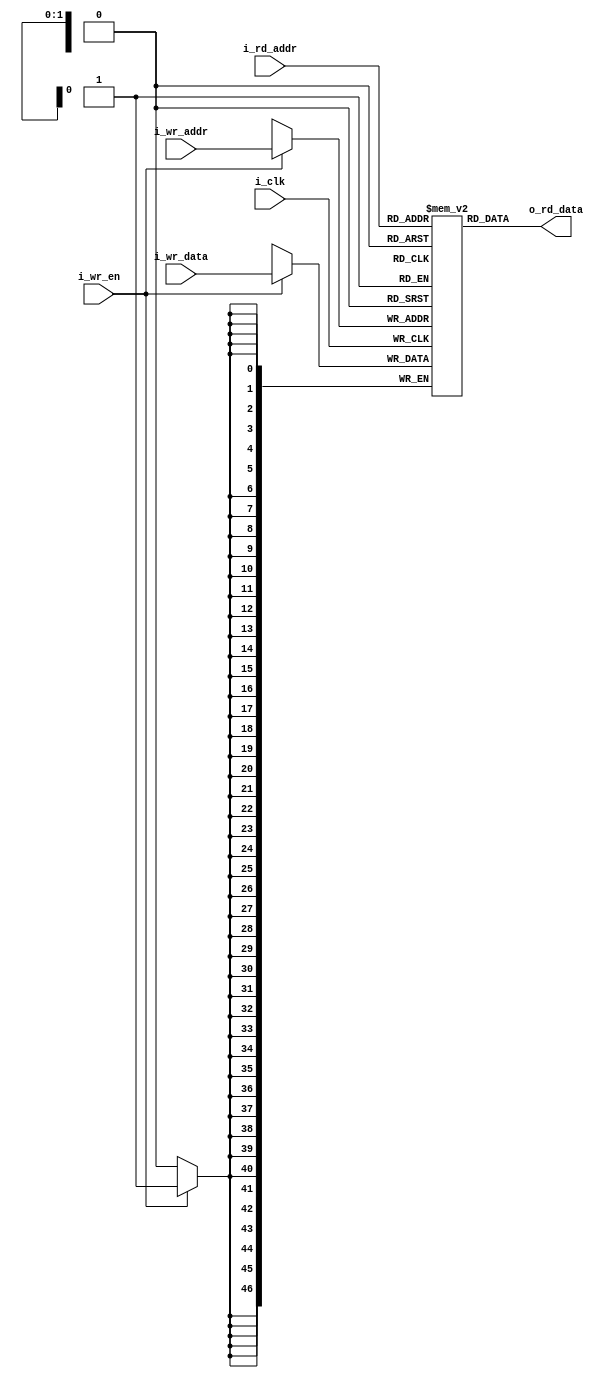
module buffer(
input    wire          i_clk,
input    wire [1:0]    i_wr_addr,
input    wire [1:0]    i_rd_addr,
input    wire          i_wr_en,
input    wire [46:0]   i_wr_data,
output   wire [46:0]   o_rd_data
);

reg [46:0] mem [0:3];

assign o_rd_data  =  mem[i_rd_addr];

always @(posedge i_clk)
begin
    if(i_wr_en)
	    mem[i_wr_addr]    <=    i_wr_data;
end

endmodule